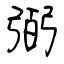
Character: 弼